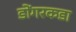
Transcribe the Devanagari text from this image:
डोंगरकडा